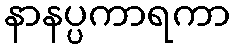
နာနပ္ပကာရကာ